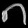
Digit: ၈